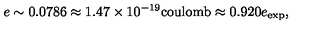
e \sim 0 . 0 7 8 6 \approx 1 . 4 7 \times 1 0 ^ { - 1 9 } \mathrm { c o u l o m b } \approx 0 . 9 2 0 e _ { \mathrm { e x p } } ,